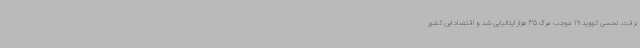
نرفت. نحسی کووید 19 موجب مرگ 35 هزار ایتالیایی شد و اقتصاد این کشور